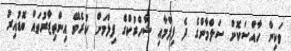
ވަކިން ހާއްސަކޮށް ސަލްމާންގެ ދެ ފިލްމާއި ޝާހްރުކްގެ ފިލްމަށް ކުރެވޭ އިންތިޒާރުތައް ބޮޑުއިރު